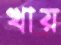
খায়